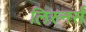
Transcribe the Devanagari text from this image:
लिस्नर्स